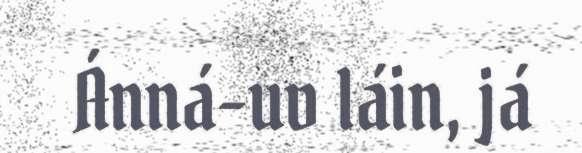
Ánná-uv láin, já